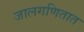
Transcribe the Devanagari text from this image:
जालगणितात